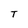
Character: T